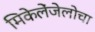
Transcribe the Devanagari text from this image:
मिकेलेंजेलोचा